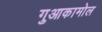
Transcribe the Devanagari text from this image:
गुआकामोल